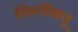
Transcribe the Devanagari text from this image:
किलीग्रयू